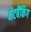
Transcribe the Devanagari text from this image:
नेटबैंकिंग